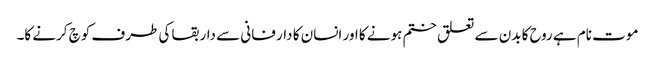
موت نام ہے روح کا بدن سے تعلق ختم ہونے کا اور انسان کا دار فانی سے دار بقا کی طرف کوچ کرنے کا۔